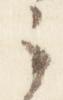
之